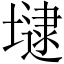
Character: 𡐡